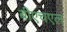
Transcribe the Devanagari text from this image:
बीएचएल